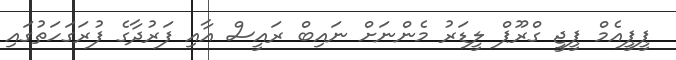
ޕީޕީއެމް ޕީޖީ ގްރޫޕް ލީޑަރު މެންނަށް ނައިބް ރައީސް އާއި ފަރުދާގެ ފުރަގަހަތުގައި